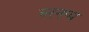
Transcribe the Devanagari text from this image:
नरनप्प